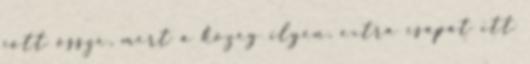
jött össze, mert a közeg ilyen, extra csapat itt